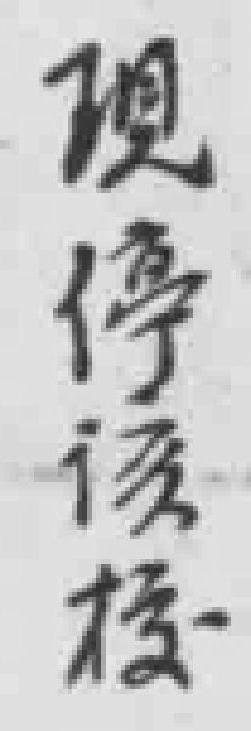
現停该校